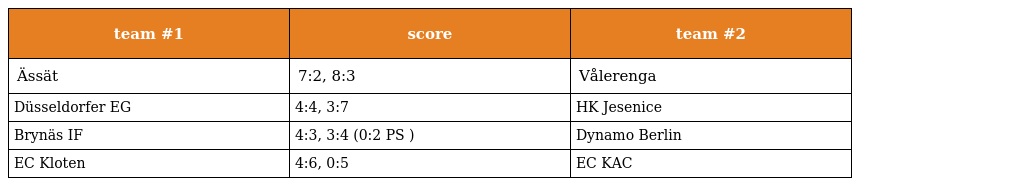
| team #1 | score | team #2 |
 | --- | --- | --- |
 | Ässät | 7:2, 8:3 | Vålerenga |
 | Düsseldorfer EG | 4:4, 3:7 | HK Jesenice |
 | Brynäs IF | 4:3, 3:4 (0:2 PS ) | Dynamo Berlin |
 | EC Kloten | 4:6, 0:5 | EC KAC |